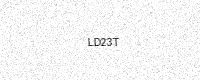
Text: LD23T